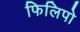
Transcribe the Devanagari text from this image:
फिलिपो